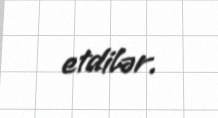
etdilər.